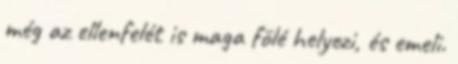
még az ellenfelét is maga fölé helyezi, és emeli.